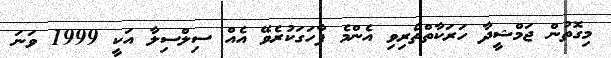
މިގޮތުން ޖަމްޝީދާ ހަރަކާތްތެރިވި އެންމެ ފާހަގަކުރެވޭ އެއް ސިލްސިލާ އަކީ 1999 ވަނަ